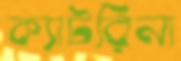
ক্যাটরিনা